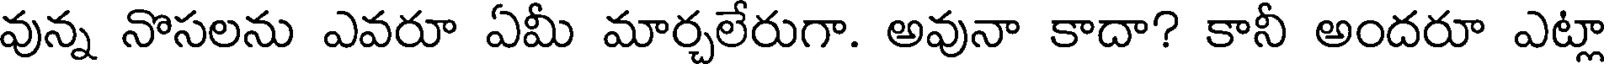
వున్న నొసలను ఎవరూ ఏమీ మార్చలేరుగా. అవునా కాదా? కానీ అందరూ ఎట్లా